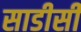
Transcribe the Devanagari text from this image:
साडीसी